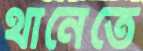
থানেতে